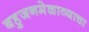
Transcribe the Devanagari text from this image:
बहुजनमेळाव्याचा